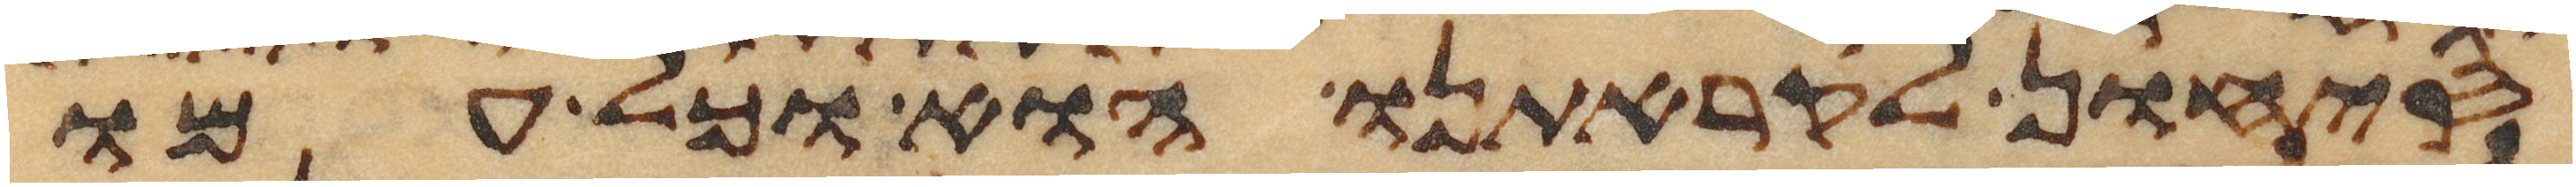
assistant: סיחון לקראתנו הוא וכל עמו